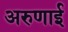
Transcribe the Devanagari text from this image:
अरुणाई